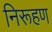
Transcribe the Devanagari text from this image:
निरूहण